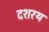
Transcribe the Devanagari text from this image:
दशरथ